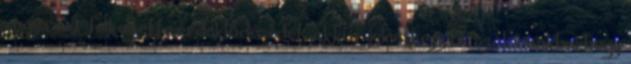
vagy csak felkeltette érdeklődésedet, akkor jelentkezz be szalonunkba, hogy